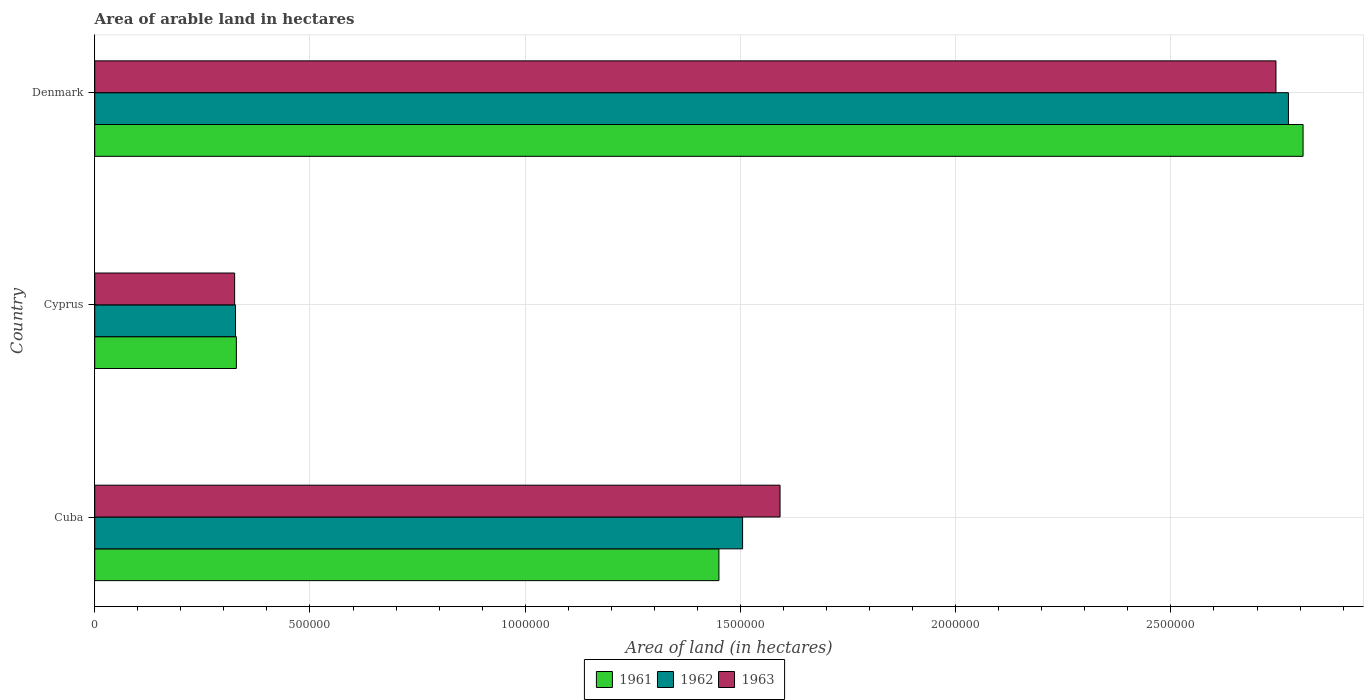
| Country | 1961 | 1962 | 1963 |
 | --- | --- | --- | --- |
 | Cuba | 1.45e+06 | 1.50e+06 | 1.59e+06 |
 | Cyprus | 3.29e+05 | 3.27e+05 | 3.25e+05 |
 | Denmark | 2.81e+06 | 2.77e+06 | 2.74e+06 |